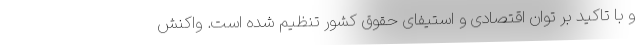
و با تاکید بر توان اقتصادی و استیفای حقوق کشور تنظیم شده است. واکنش